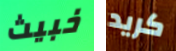
خبيث كريد